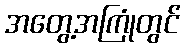
အတွေ့အကြုံတွင်